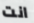
انت